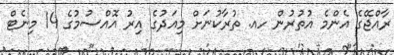
ރާއްޖޭގެ އެންމެ އުތުރުން ހއ. ތުރާކުނަށް މިއަދުގެ އިރު އޮއްސުމުގެ 14 މިނެޓް